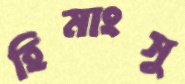
হিমাংসু